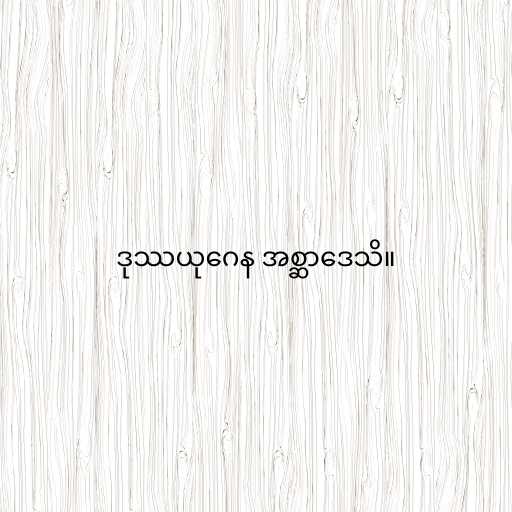
ဒုဿယုဂေန အစ္ဆာဒေသိ။